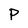
Character: P